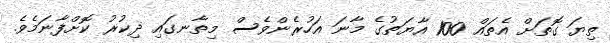
ތިޔަ ގޮތަށް އެތައް 100 އާޔަތުގެ މާނަ އަހުރެންވެސް މިތާނގައި ޛިކުރު ކޮށްފާނަމެވެ.